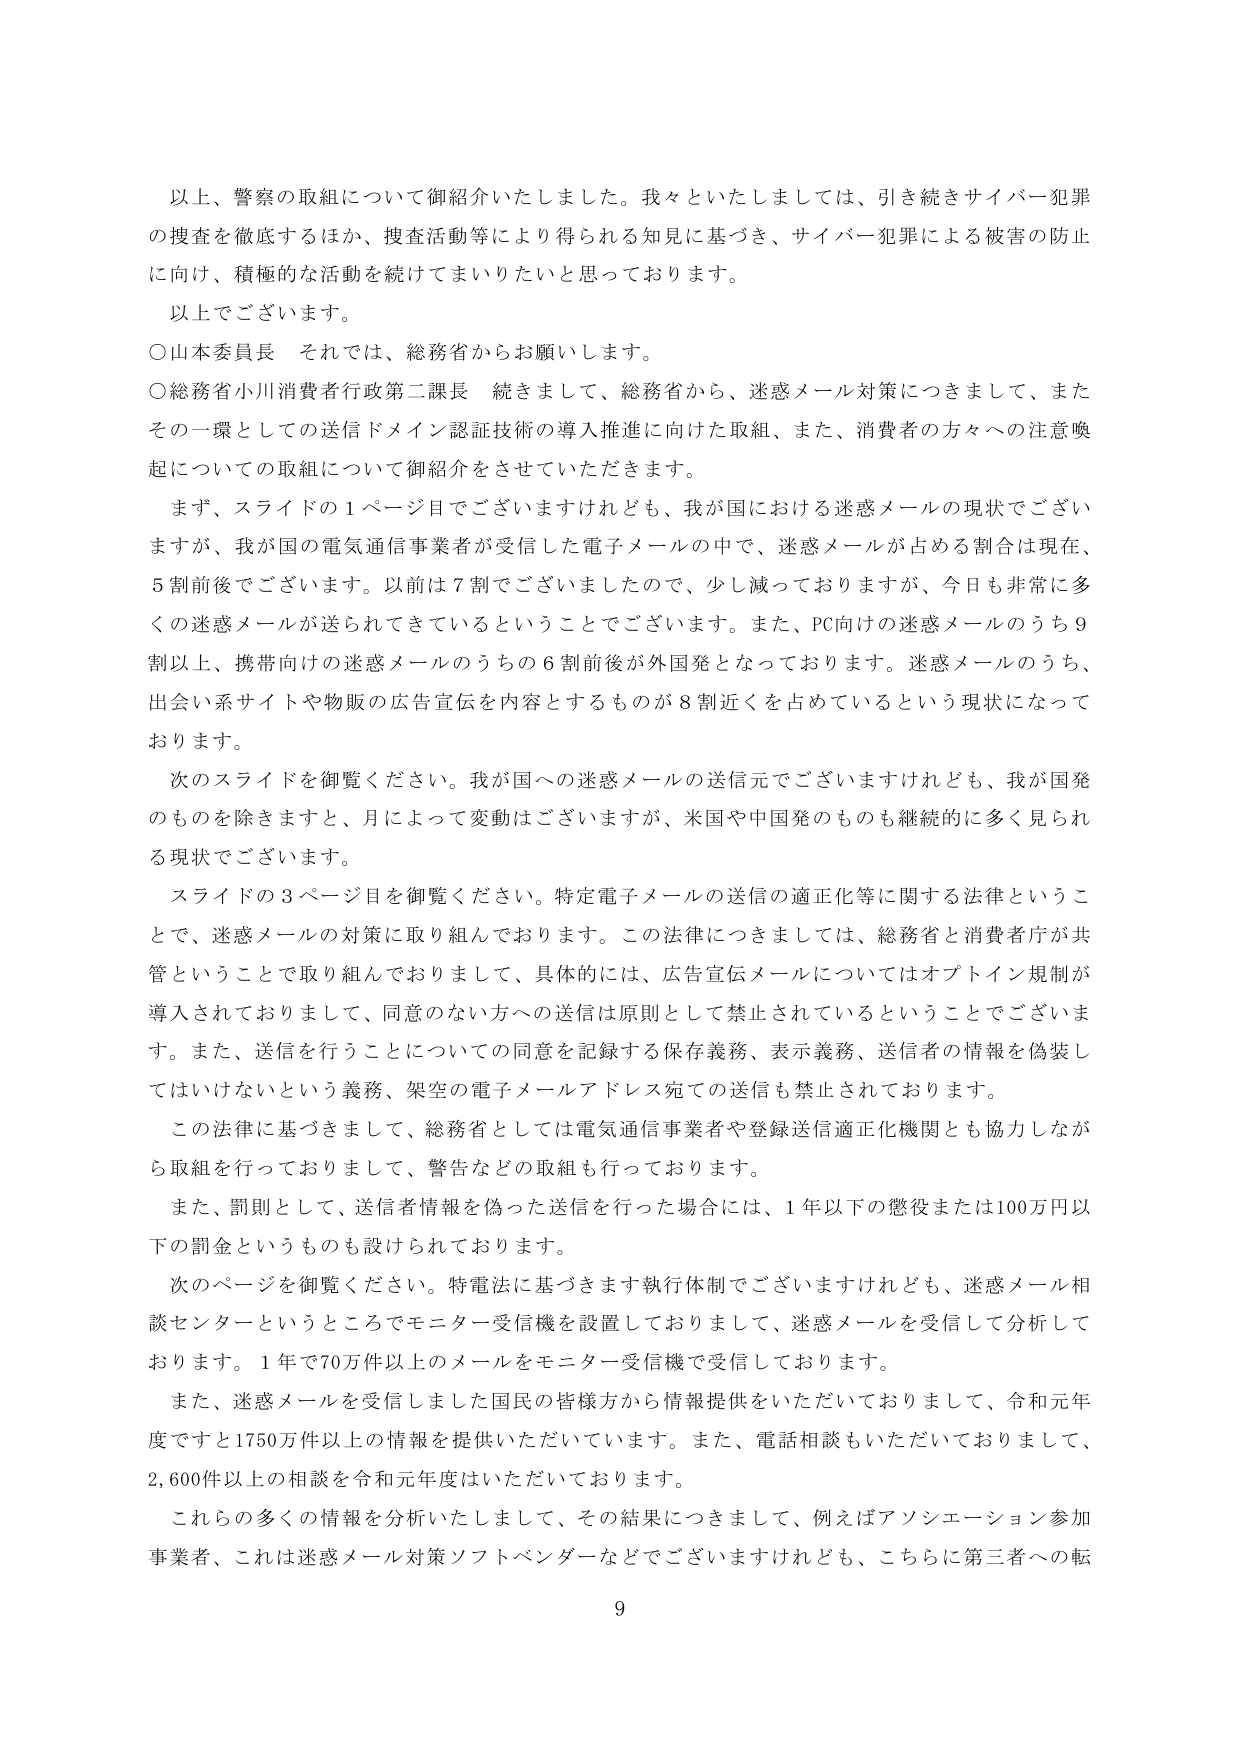
以上、警察の取組について御紹介いたしました。我々といたしましては、引き続きサイバー犯罪の捜査を徹底するほか、捜査活動等により得られる知見に基づき、サイバー犯罪による被害の防止に向け、積極的な活動を続けてまいりたいと思っております。

以上でございます。

○山本委員長　それでは、総務省からお願いします。

○総務省小川消費者行政第二課長　続きまして、総務省から、迷惑メール対策につきまして、またその一環としての送信ドメイン認証技術の導入推進に向けた取組、また、消費者の方々への注意喚起についての取組について御紹介をさせていただきます。

まず、スライドの１ページ目でございますけれども、我が国における迷惑メールの現状でございますが、我が国の電気通信事業者が受信した電子メールの中で、迷惑メールが占める割合は現在、５割前後でございます。以前は７割でございましたので、少し減っておりますが、今日も非常に多くの迷惑メールが送られてきているということでございます。また、PC向けの迷惑メールのうち９割以上、携帯向けの迷惑メールのうちの６割前後が外国発となっております。迷惑メールのうち、出会い系サイトや物販の広告宣伝を内容とするものが８割近くを占めているという現状になっております。

次のスライドを御覧ください。我が国への迷惑メールの送信元でございますけれども、我が国発のものを除きますと、月によって変動はございますが、米国や中国発のものも継続的に多く見られる現状でございます。

スライドの３ページ目を御覧ください。特定電子メールの送信の適正化等に関する法律ということで、迷惑メールの対策に取り組んでおります。この法律につきましては、総務省と消費者庁が共管ということで取り組んでおりまして、具体的には、広告宣伝メールについてはオプトイン規制が導入されておりまして、同意のない方への送信は原則として禁止されているということでございます。また、送信を行うことについての同意を記録する保存義務、表示義務、送信者の情報を偽装してはいけないという義務、架空の電子メールアドレス宛ての送信も禁止されております。

この法律に基づきまして、総務省としては電気通信事業者や登録送信適正化機関とも協力しながら取組を行っておりまして、警告などの取組も行っております。

また、罰則として、送信者情報を偽った送信を行った場合には、１年以下の懲役または100万円以下の罰金というものが設けられております。

次のページを御覧ください。特電法に基づきます執行体制でございますけれども、迷惑メール相談センターというところでモニター受信機を設置しておりまして、迷惑メールを受信して分析しております。１年で70万件以上のメールをモニター受信機で受信しております。

また、迷惑メールを受信しました国民の皆様方から情報提供をいただいておりまして、令和元年度ですと1750万件以上の情報を提供いただいています。また、電話相談もいただいておりまして、2,600件以上の相談を令和元年度はいただいております。

これらの多くの情報を分析いたしまして、その結果につきまして、例えばアソシエーション参加事業者、これは迷惑メール対策ソフトベンダーなどでございますけれども、こちらに第三者への転

9